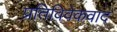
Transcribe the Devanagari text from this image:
प्रतिविवेकवाद